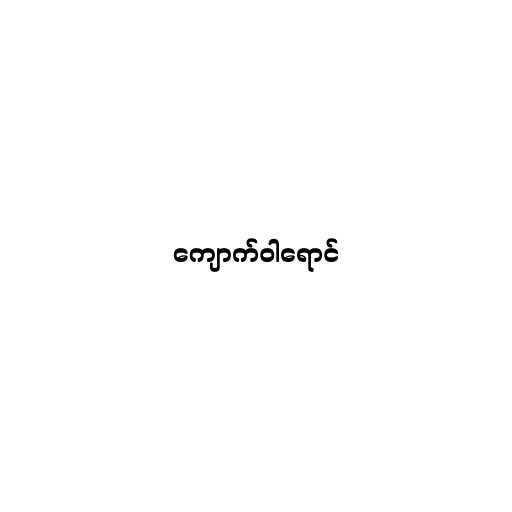
ကျောက်ဝါရောင်